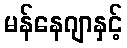
မန်နေဂျာနှင့်